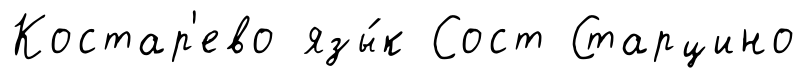
Костар'ево язы́к Сост Старцино